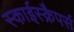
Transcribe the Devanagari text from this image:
स्काईस्क्रैपर्स